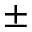
\pm